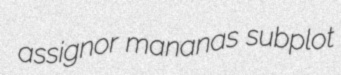
assignor mananas subplot